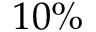
1 0 \%